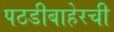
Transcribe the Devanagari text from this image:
पठडीबाहेरची